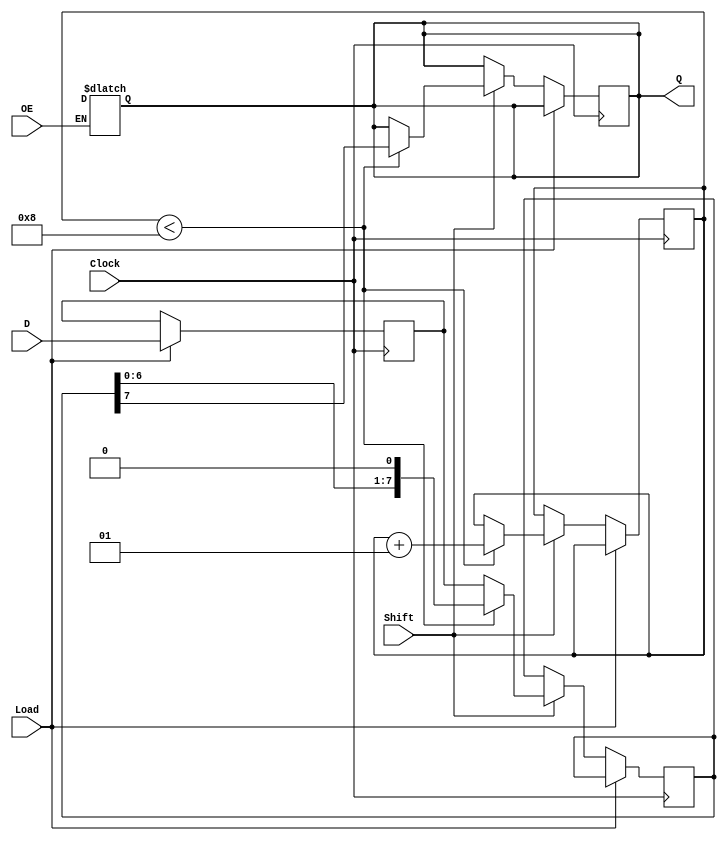
module PISO_Register #(
    parameter WIDTH = 8 // Parameter for the width of the input data
)(
    input wire [WIDTH-1:0] D,     // Parallel input data
    input wire Load,               // Load control signal
    input wire Shift,              // Shift control signal
    input wire Clock,              // Clock signal
    input wire OE,                 // Output Enable signal
    output reg Q                  // Serial output
);

    // Internal registers for the two stages
    reg [WIDTH-1:0] stage1;       // Stage 1 register
    reg [WIDTH-1:0] stage2;       // Stage 2 register
    integer count;                // Counter for shifting

    // Sequential logic for loading and shifting
    always @(posedge Clock) begin
        if (Load) begin
            // Load data into stage 1
            stage1 <= D;
        end else if (Shift) begin
            // Shift data from stage 1 to stage 2
            stage2 <= stage1;
            // Shift out the first bit from stage 2
            if (count < WIDTH) begin
                Q <= stage2[WIDTH-1]; // Output the MSB of stage 2
                stage2 <= {stage2[WIDTH-2:0], 1'b0}; // Shift left
                count <= count + 1; // Increment counter
            end
        end
    end

    // Output control
    always @(*) begin
        if (!OE) begin
            Q = 1'bz; // High-impedance state when OE is deasserted
        end
    end

    // Initialize count and output
    initial begin
        count = 0;
        Q = 1'bz; // High-impedance state initially
    end

endmodule